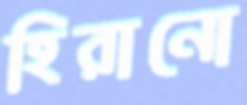
হিরানো